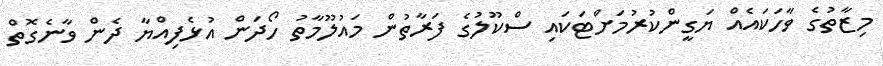
މިޒާތުގެ ވާހަކައެއް ޔަގީންކުރުމަށްޓަކައި ސްކޫލުގެ ފަރާތުން މައުލޫމާތު ހޯދަން އުޅެފިއްޔާ ދެން ވާނެގޮތް